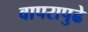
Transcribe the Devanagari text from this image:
वापरापुढे